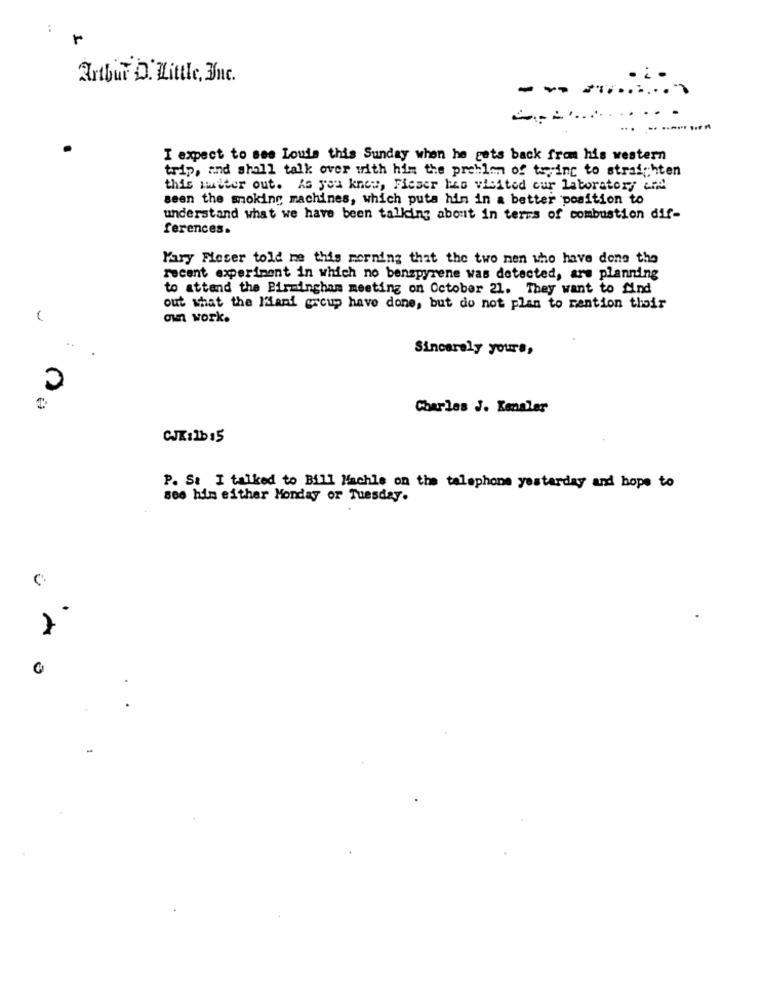
Arthur D. Little, Inc.
I expect to see Louis this Sunday when he gets back from his western
trip, and shall talk over with him the problem of top ing to straighten
this matter out. As you knew, Fieser has visited cur Laboratory and
seen the smoking machines, which puta hin in a better position to
understand what we have been talking about in terms of combustion dif-
ferences.
Mary Fieser told me this morning that the two nen who have done the
recent experiment in which no benzpyrene was detected, ars planning
to attend the Birmingham meeting on October 21. They want to find
out what the Mani group have done, but do not plan to rention their
own work.
Sincerely yours,
Charles J. Kanaler
CJK:lb15
P. St I talked to Bill Nachle on the telephone yesterday and hope to
see him either Monday or Tuesday.
7
C